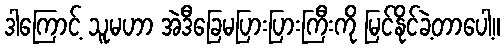
ဒါကြောင့် သူမဟာ အဲဒီခြေမပြားပြားကြီးကို မြင်နိုင်ခဲ့တာပေါ့။